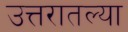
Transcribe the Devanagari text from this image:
उत्तरातल्या